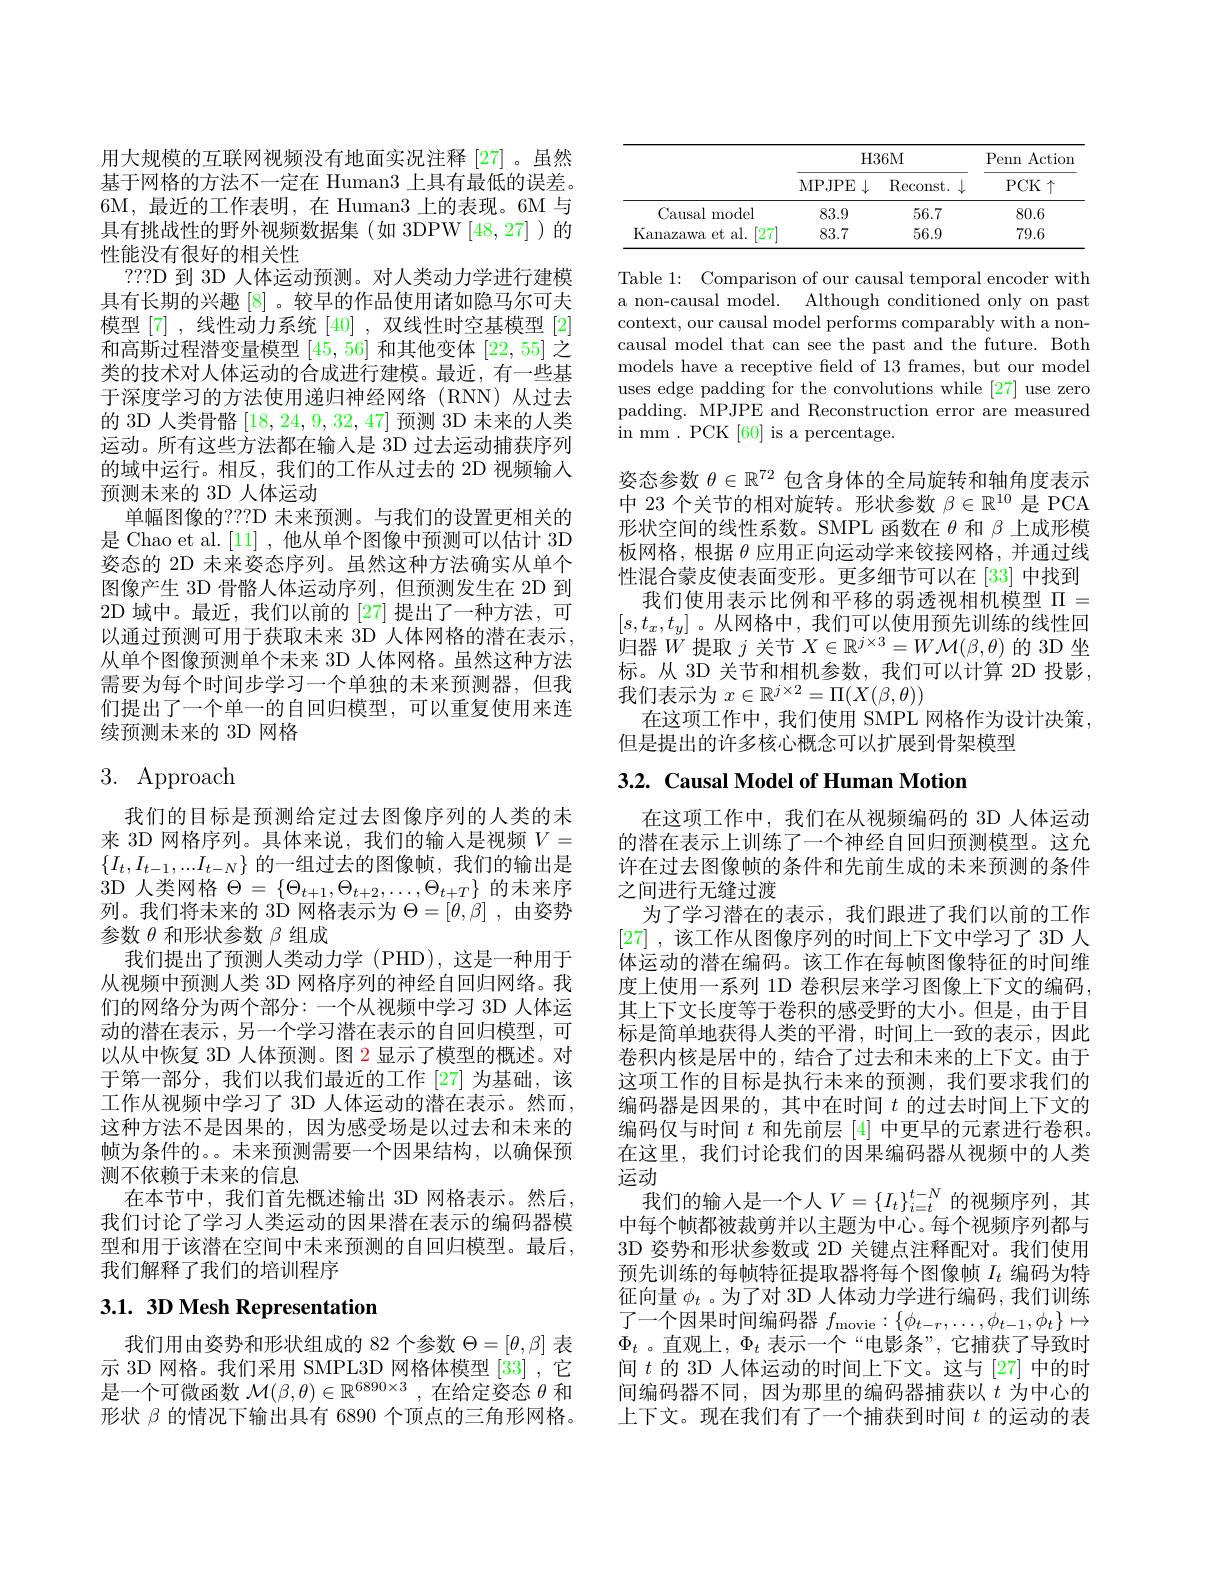
用大规模的互联网视频没有地面实况注释[27]。虽然基于网格的方法不一定在 Human3 上具有最低的误差。6M,最近的工作表明，在 Human3 上的表现。6M 与具有挑战性的野外视频数据集(如 3DPW[48,27])的性能没有很好的相关性
???D 到 3D 人体运动预测。对人类动力学进行建模具有长期的兴趣[8]。较早的作品使用诸如隐马尔可夫模型[7],线性动力系统[40],双线性时空基模型[2] 和高斯过程潜变量模型[45,56]和其他变体[22,55]之类的技术对人体运动的合成进行建模。最近，有一些基于深度学习的方法使用递归神经网络(RNN)从过去的 3D 人类骨骼[18,24,9,32,47]预测 3D 未来的人类运动。所有这些方法都在输入是 3D 过去运动捕获序列的域中运行。相反，我们的工作从过去的 2D 视频输入预测未来的 3D 人体运动
单幅图像的？??D 未来预测。与我们的设置更相关的是 Chao et al. [11] ,他从单个图像中预测可以估计 3D 姿态的 2D 未来姿态序列。虽然这种方法确实从单个图像产生 3D 骨骼人体运动序列，但预测发生在 2D 到2D 域中。最近，我们以前的 [27] 提出了一种方法，可以通过预测可用于获取未来 3D 人体网格的潜在表示， 从单个图像预测单个未来 3D 人体网格。虽然这种方法需要为每个时间步学习一个单独的未来预测器，但我们提出了一个单一的自回归模型，可以重复使用来连续预测未来的 3D 网格

# 3. Approach

我们的目标是预测给定过去图像序列的人类的未来 3D 网格序列。具体来说，我们的输入是视频$V=$ $\{I_t,I_{t-1},...I_{t-N}\}$的一组过去的图像帧，我们的输出是3D 人类网格$\Theta=\left\{\Theta_t+1,\Theta_{t+2},\ldots,\Theta_{t+T}\right\}$的未来序列。我们将未来的 3D 网格表示为$\Theta=[\theta,\beta]$ ,由姿势参数$\theta$和形状参数$\beta$组成
我们提出了预测人类动力学 (PHD),这是一种用于从视频中预测人类 3D 网格序列的神经自回归网络。我们的网络分为两个部分：一个从视频中学习 3D 人体运动的潜在表示，另一个学习潜在表示的自回归模型，可以从中恢复 3D 人体预测。图 2 显示了模型的概述。对于第一部分，我们以我们最近的工作 [27] 为基础，该工作从视频中学习了 3D 人体运动的潜在表示。然而， 这种方法不是因果的，因为感受场是以过去和未来的帧为条件的。。未来预测需要一个因果结构，以确保预测不依赖于未来的信息
在本节中，我们首先概述输出 3D 网格表示。然后， 我们讨论了学习人类运动的因果潜在表示的编码器模型和用于该潜在空间中未来预测的自回归模型。最后， 我们解释了我们的培训程序

# 3.1. 3D Mesh Representation

我们用由姿势和形状组成的 82 个参数$\Theta=[\theta,\beta]$表示 3D 网格。我们采用 SMPL3D 网格体模型 [33] ,它是一个可微函数$\mathcal{M}(\beta,\theta)\in\mathbb{R}^6890\times3$ ,在给定姿态$\theta$和形状$\beta$的情况下输出具有 6890 个顶点的三角形网格。

<table>
	<tbody>
		<tr>
			<th> </th>
			<th colspan="2">H36M</th>
			<th rowspan="2">Penn Action $PCK\uparrow$</th>
		</tr>
		<tr>
			<th> </th>
			<th>MPJPE$\downarrow$</th>
			<th>$\operatorname{Reconst}.$ . . $\downarrow$</th>
		</tr>
		<tr>
			<td>Causal model</td>
			<td>83.9</td>
			<td>56.7</td>
			<td>80.6</td>
		</tr>
		<tr>
			<td>Kanazawa et al. $\lceil27\rceil$</td>
			<td>83.7</td>
			<td>56.9</td>
			<td>79.6</td>
		</tr>
	</tbody>
</table>

Table 1: Comparison of our causal temporal encoder with
a non-causal model.
${\mathrm{Although~conditioned~only~on~past}}$
context, our causal model performs comparably with a noncausal model that can see the past and the future. Both models have a receptive field of 13 frames, but our model uses edge padding for the convolutions while [27] use zero padding. MPJPE and Reconstruction error are measured ${\mathrm{in~mm~.~PCK~[60]~is~a~percentage.}}$

姿态参数$\theta\in\mathbb{R}^{72}$包含身体的全局旋转和轴角度表示中 23 个关节的相对旋转。形状参数$\beta\in\mathbb{R}^10$是 PCA 形状空间的线性系数。SMPL 函数在$\theta$和$\beta$上成形模板网格，根据$\theta$应用正向运动学来铰接网格，并通过线性混合蒙皮使表面变形。更多细节可以在[33] 中找到
我们使用表示比例和平移的弱透视相机模型$\Pi=$ $[s,t_x,t_y]$。从网格中，我们可以使用预先训练的线性回归器$\dot{W}$提取$j$关节$X\in\mathbb{R}^j\times3=W\mathcal{M}(\beta,\theta)$的 3D 坐标。从 3D 关节和相机参数，我们可以计算 2D 投影 , 我们表示为$x\in\mathbb{R}^j\times2=\Pi(X(\beta,\theta))$
在这项工作中，我们使用 SMPL 网格作为设计决策，
但是提出的许多核心概念可以扩展到骨架模型

# 3.2. Causal Model of Human Motion

在这项工作中，我们在从视频编码的 3D 人体运动的潜在表示上训练了一个神经自回归预测模型。这允许在过去图像帧的条件和先前生成的未来预测的条件之间进行无缝过渡
为了学习潜在的表示，我们跟进了我们以前的工作[27] , 该工作从图像序列的时间上下文中学习了 3D 人体运动的潜在编码。该工作在每帧图像特征的时间维度上使用一系列 1D 卷积层来学习图像上下文的编码， 其上下文长度等于卷积的感受野的大小。但是，由于目标是简单地获得人类的平滑，时间上一致的表示，因此卷积内核是居中的，结合了过去和未来的上下文。由于这项工作的目标是执行未来的预测，我们要求我们的编码器是因果的，其中在时间$t$的过去时间上下文的编码仅与时间$t$和先前层[4] 中更早的元素进行卷积。在这里，我们讨论我们的因果编码器从视频中的人类运动
我们的输入是一个人$V=\{I_t\}_{i=t}^{t-N}$的视频序列，其中每个帧都被裁剪并以主题为中心。每个视频序列都与3D 姿势和形状参数或 2D 关键点注释配对。我们使用预先训练的每帧特征提取器将每个图像帧$I_t$编码为特征向量$\phi_t$ 。为了对 3D 人体动力学进行编码，我们训练了一个因果时间编码器$f_\mathrm{movie}:\{\phi_t-r,\ldots,\phi_{t-1},\phi_t\}\mapsto$ $\Phi_t$ 。直观上，$\Phi_t$表示一个“电影条”,它捕获了导致时间$t$的 3D 人体运动的时间上下文。这与[27] 中的时间编码器不同，因为那里的编码器捕获以$t$为中心的上下文。现在我们有了一个捕获到时间$t$的运动的表